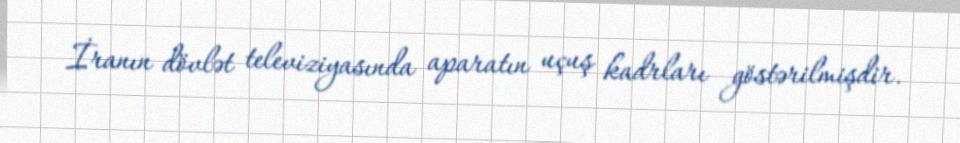
İranın dövlət televiziyasında aparatın uçuş kadrları göstərilmişdir.